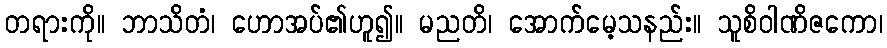
တရားကို။ ဘာသိတံ၊ ဟောအပ်၏ဟူ၍။ မညတိ၊ အောက်မေ့သနည်း။ သူစိဝါဏိဇကော၊